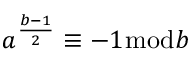
a ^ { \frac { b - 1 } { 2 } } \equiv - 1 { \bmod { b } }